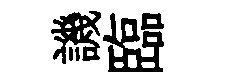
譏臨